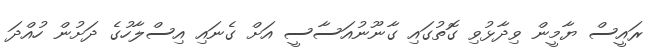
ރައީސް ޔާމީން ވިދާޅުވި ގޮތުގައި ގާނޫނުއަސާސީ އަށް ގެނައި އިސްލާހުގެ ދަށުން ހުއްދަ